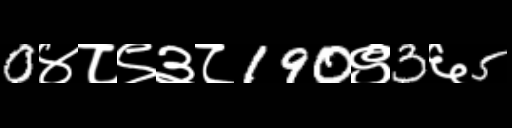
Text: 0४८९३८190९3६5